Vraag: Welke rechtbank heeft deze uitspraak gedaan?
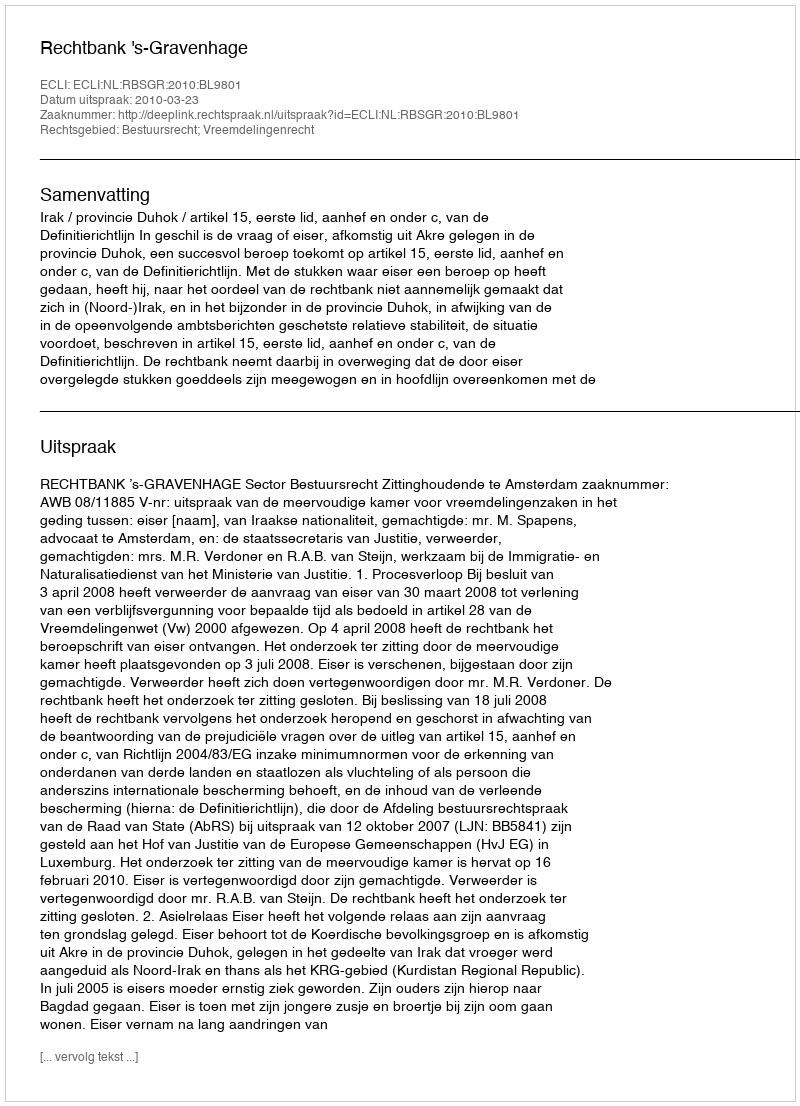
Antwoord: Rechtbank 's-Gravenhage